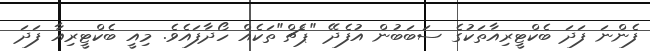
ފެންނަ ފަދަ ބެކްޓީރިއާތަކުގެ ސަބަބުން އުފެދޭ "ޕެޗް"ތަކެއް ހޯދާފައެވެ. މިއީ ބެކްޓީރިއާ ފަދަ